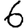
Digit: 6